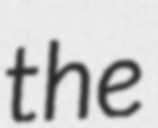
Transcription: the